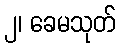
၂၊ ခေမသုတ်